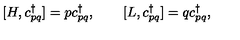
[ H , c _ { p q } ^ { \dagger } ] = p c _ { p q } ^ { \dagger } , \qquad [ L , c _ { p q } ^ { \dagger } ] = q c _ { p q } ^ { \dagger } ,